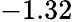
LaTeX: -1.32